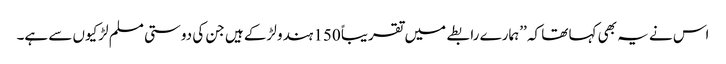
اس نے یہ بھی کہا تھا کہ ’’ہمارے رابطے میں تقریباً 150 ہندو لڑکے ہیں جن کی دوستی مسلم لڑکیوں سے ہے۔